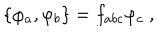
\{ \varphi _ { a } , \varphi _ { b } \} = f _ { a b c } \varphi _ { c } \ ,